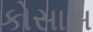
કોસાસ